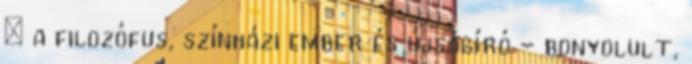
– a filozófus, színházi ember és újságíró - bonyolult,